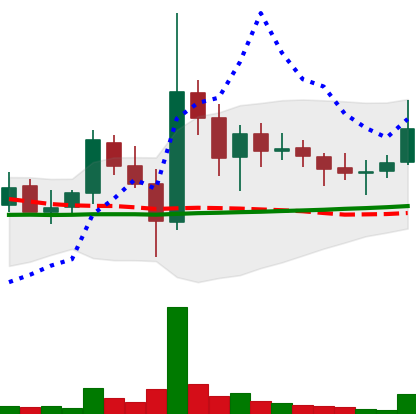
Ticker: DOGE-USD
Chart end date: 2021-11-08
Forward return: -7.314%
Label: down_7plus